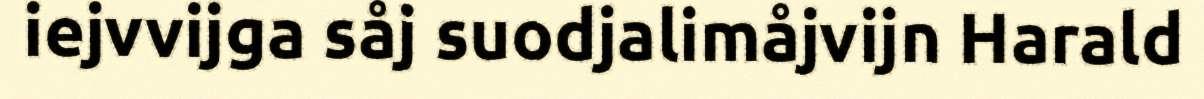
iejvvijga såj suodjalimåjvijn Harald